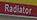
radiator